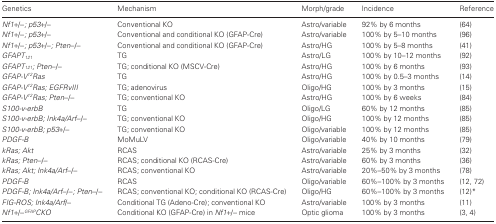
<table><thead><tr><td><b>Genetics</b></td><td><b>Mechanism</b></td><td><b>Morph/grade</b></td><td><b>Incidence</b></td><td><b>Reference</b></td></tr></thead><tbody><tr><td><i>Nf1</i>+/−<i>; p53</i>+/−</td><td>Conventional KO</td><td>Astro/variable</td><td>92% by 6 months</td><td>(64)</td></tr><tr><td><i>Nf1</i>+/−<i>; p53</i>+/−</td><td>Conventional and conditional KO (GFAP-Cre)</td><td>Astro/variable</td><td>100% by 5–10 months</td><td>(96)</td></tr><tr><td><i>Nf1</i>+/−<i>; p53</i>+/−<i>; Pten</i>−/−</td><td>Conventional and conditional KO (GFAP-Cre)</td><td>Astro/HG</td><td>100% by 5–8 months</td><td>(41)</td></tr><tr><td><i>GFAPT<sub>121</sub></i></td><td>TG</td><td>Astro/LG</td><td>100% by 10–12 months</td><td>(92)</td></tr><tr><td><i>GFAPT<sub>121</sub>; Pten</i>−/−</td><td>TG; conditional KO (MSCV-Cre)</td><td>Astro/HG</td><td>100% by 6 months</td><td>(93)</td></tr><tr><td><i>GFAP-V<sup>12</sup>Ras</i></td><td>TG</td><td>Astro/HG</td><td>100% by 0.5–3 months</td><td>(14)</td></tr><tr><td><i>GFAP-V<sup>12</sup>Ras; EGFRvIII</i></td><td>TG; adenovirus</td><td>Oligo/HG</td><td>100% by 3 months</td><td>(15)</td></tr><tr><td><i>GFAP-V<sup>12</sup>Ras; Pten</i>−/−</td><td>TG; conventional KO</td><td>Astro/HG</td><td>100% by 6 weeks</td><td>(84)</td></tr><tr><td><i>S100-v-erbB</i></td><td>TG</td><td>Oligo/LG</td><td>60% by 12 months</td><td>(85)</td></tr><tr><td><i>S100-v-erbB; Ink4a/Arf</i>−/−</td><td>TG; conventional KO</td><td>Oligo/HG</td><td>100% by 12 months</td><td>(85)</td></tr><tr><td><i>S100-v-erbB; p53</i>+/−</td><td>TG; conventional KO</td><td>Oligo/variable</td><td>100% by 12 months</td><td>(85)</td></tr><tr><td><i>PDGF-B</i></td><td>MoMuLV</td><td>Oligo/variable</td><td>40% by 10 months</td><td>(79)</td></tr><tr><td><i>kRas; Akt</i></td><td>RCAS</td><td>Astro/variable</td><td>25% by 3 months</td><td>(32)</td></tr><tr><td><i>kRas; Pten</i>−/−</td><td>RCAS; conditional KO (RCAS-Cre)</td><td>Astro/variable</td><td>60% by 3 months</td><td>(36)</td></tr><tr><td><i>kRas; Akt; Ink4a/Arf</i>−/−</td><td>RCAS; conventional KO</td><td>Astro/variable</td><td>20%–50% by 3 months</td><td>(78)</td></tr><tr><td><i>PDGF-B</i></td><td>RCAS</td><td>Oligo/variable</td><td>60%–100% by 3 months</td><td>(12, 72)</td></tr><tr><td><i>PDGF-B; Ink4a/Arf</i>−/−<i>; Pten</i>−/−</td><td>RCAS; conventional KO; conditional KO (RCAS-Cre)</td><td>Oligo/HG</td><td>60%–100% by 3 months</td><td>(12)*</td></tr><tr><td><i>FIG-ROS; Ink4a/Arf</i>/−</td><td>Conditional TG (Adeno-Cre); conventional KO</td><td>Astro/variable</td><td>100% by 3 months</td><td>(11)</td></tr><tr><td><i>Nf1</i>+/−<i><sup>GFAP</sup>CKO</i></td><td>Conditional KO (GFAP-Cre) in <i>Nf1</i>+/− mice</td><td>Optic glioma</td><td>100% by 3 months</td><td>(3, 4)</td></tr></tbody></table>